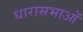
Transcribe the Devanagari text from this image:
धारासभाओं